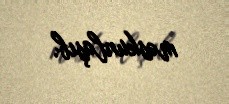
məskunlaşıb.